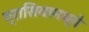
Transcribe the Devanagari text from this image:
ग्रासियामध्ये